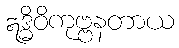
ဣဒ္ဓိဝိကုဗ္ဗနတာယ